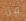
من